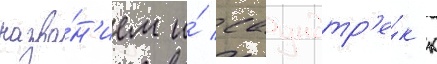
назва́н'ием и́ саундтр'е́к к